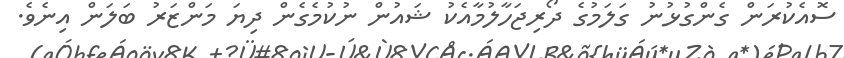
ސޮއެކުރަން ގެންގުޅުނު ގަލަމުގެ ދޯރިޖަހާލުމާއެކު ޝައުން ނުކުމެގެން ދިޔަ މަންޒަރު ބަލަން އިނެވެ.